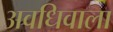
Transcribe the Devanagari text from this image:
अवधिवाला